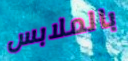
بالملابس